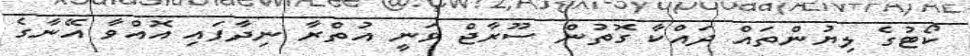
ކޯޓުގެ ލިޔުންތައް ދައްކާ ގޮތުން ސޫރާޖް ވަނީ އުތްރާ ނިދާފައި އޮއްވާ އޭނާގެ